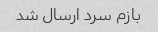
بازم سرد ارسال شد